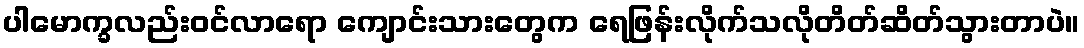
ပါမောက္ခလည်းဝင်လာရော ကျောင်းသားတွေက ရေဖြန်းလိုက်သလိုတိတ်ဆိတ်သွားတာပဲ။